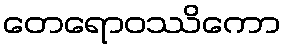
တေရောဝဿိကော